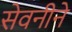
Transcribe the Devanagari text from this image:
सेवनीने